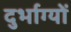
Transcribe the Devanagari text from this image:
दुर्भाग्यों